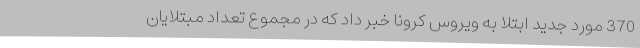
370 مورد جدید ابتلا به ویروس کرونا خبر داد که در مجموع تعداد مبتلایان